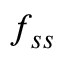
f _ { s s }